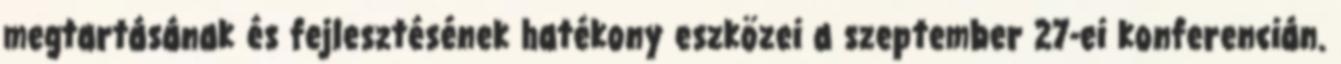
megtartásának és fejlesztésének hatékony eszközei a szeptember 27-ei konferencián.